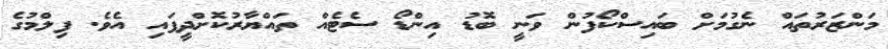
މަންޒަރުތައް ނެގުމަށް ބައިސްކޯފުން ވަނީ ބޮޑު އިންޑޯ ސެޓެއް ތައްޔާރުކޮށްދީފައި އެވެ. ފިލްމުގެ